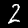
Digit: 2